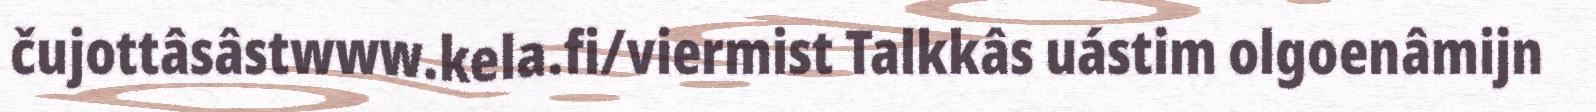
čujottâsâstwww.kela.fi/viermist Talkkâs uástim olgoenâmijn